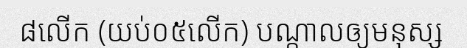
៨លើក (យប់០៥លើក) បណ្តាលឲ្យមនុស្ស